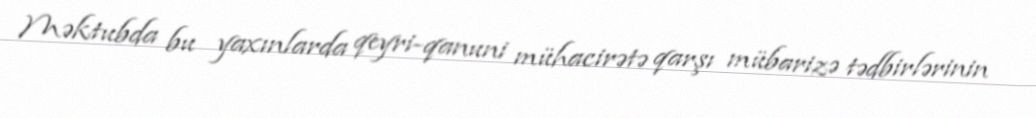
Məktubda bu yaxınlarda qeyri-qanuni mühacirətə qarşı mübarizə tədbirlərinin